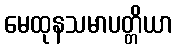
မေထုနသမာပတ္တိယာ